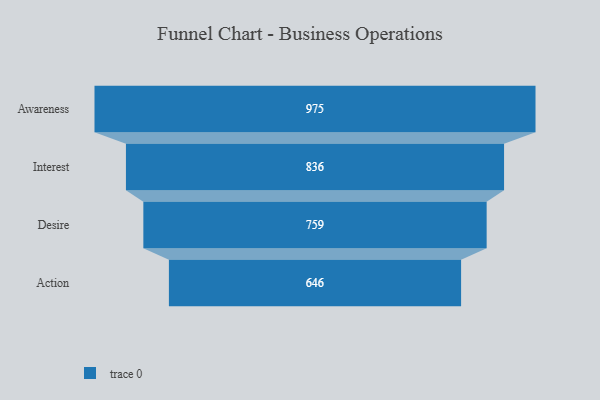
{"axis": {"x": "Stage", "y": "Value"}, "legend": [""], "data": [{"x": "Awareness", "y": 975.0, "type": ""}, {"x": "Interest", "y": 836.0, "type": ""}, {"x": "Desire", "y": 759.0, "type": ""}, {"x": "Action", "y": 646.0, "type": ""}]}